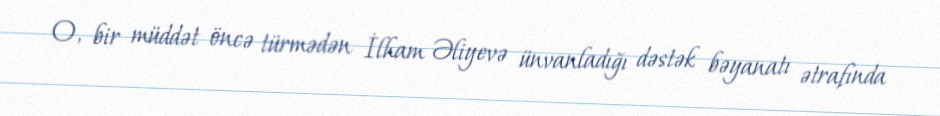
O, bir müddət öncə türmədən İlham Əliyevə ünvanladığı dəstək bəyanatı ətrafında